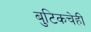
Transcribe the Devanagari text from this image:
बुटिकचेही